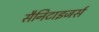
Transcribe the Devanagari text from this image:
सैनिटाइजर्स